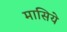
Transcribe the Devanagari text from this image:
मासिये